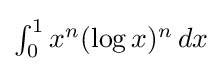
{\textstyle \int _{0}^{1}x^{n}(\log x)^{n}\,dx}